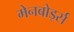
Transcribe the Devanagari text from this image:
मेनबोर्ड्स